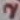
Text: 2